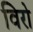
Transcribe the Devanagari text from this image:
विरो